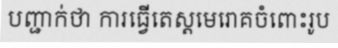
បញ្ជាក់ថា ការធ្វើតេស្តមេរោគចំពោះរូប